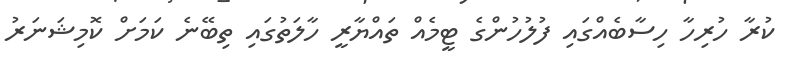
ކުރާ ހުރިހާ ހިސާބެއްގައި ފުލުހުންގެ ޓީމެއް ތައްޔާރީ ހާލަތުގައި ތިބޭނެ ކަމަށް ކޮމިޝަނަރު